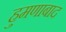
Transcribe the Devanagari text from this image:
हुमणाबाद